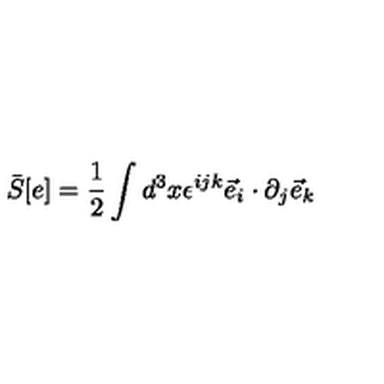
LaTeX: { \bar { S } } [ e ] = \frac { 1 } { 2 } \int d ^ { 3 } x \epsilon ^ { i j k } { \vec { e } } _ { i } \cdot \partial _ { j } { \vec { e } } _ { k }